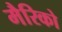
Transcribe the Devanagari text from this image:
मैरिको